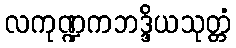
လကုဏ္ဍကဘဒ္ဒိယသုတ္တံ